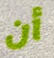
أن